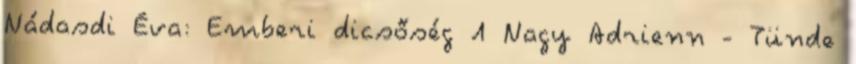
Nádasdi Éva: Emberi dicsőség 1 Nagy Adrienn - Tünde